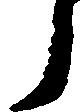
ら